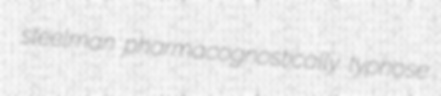
steelman pharmacognostically typhose